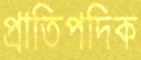
প্রাতিপদিক